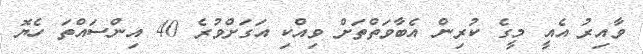
ވާއިރު އެއީ މީގެ ކުރިން އެބާވަތްތަށް ވިއްކި އަގަށްވުރެ 40 އިންސައްތަ ހެޔޮ